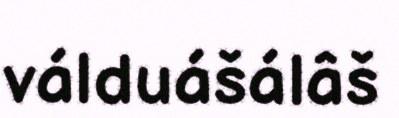
válduášálâš